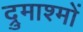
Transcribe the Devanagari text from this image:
द्रुमाश्मों